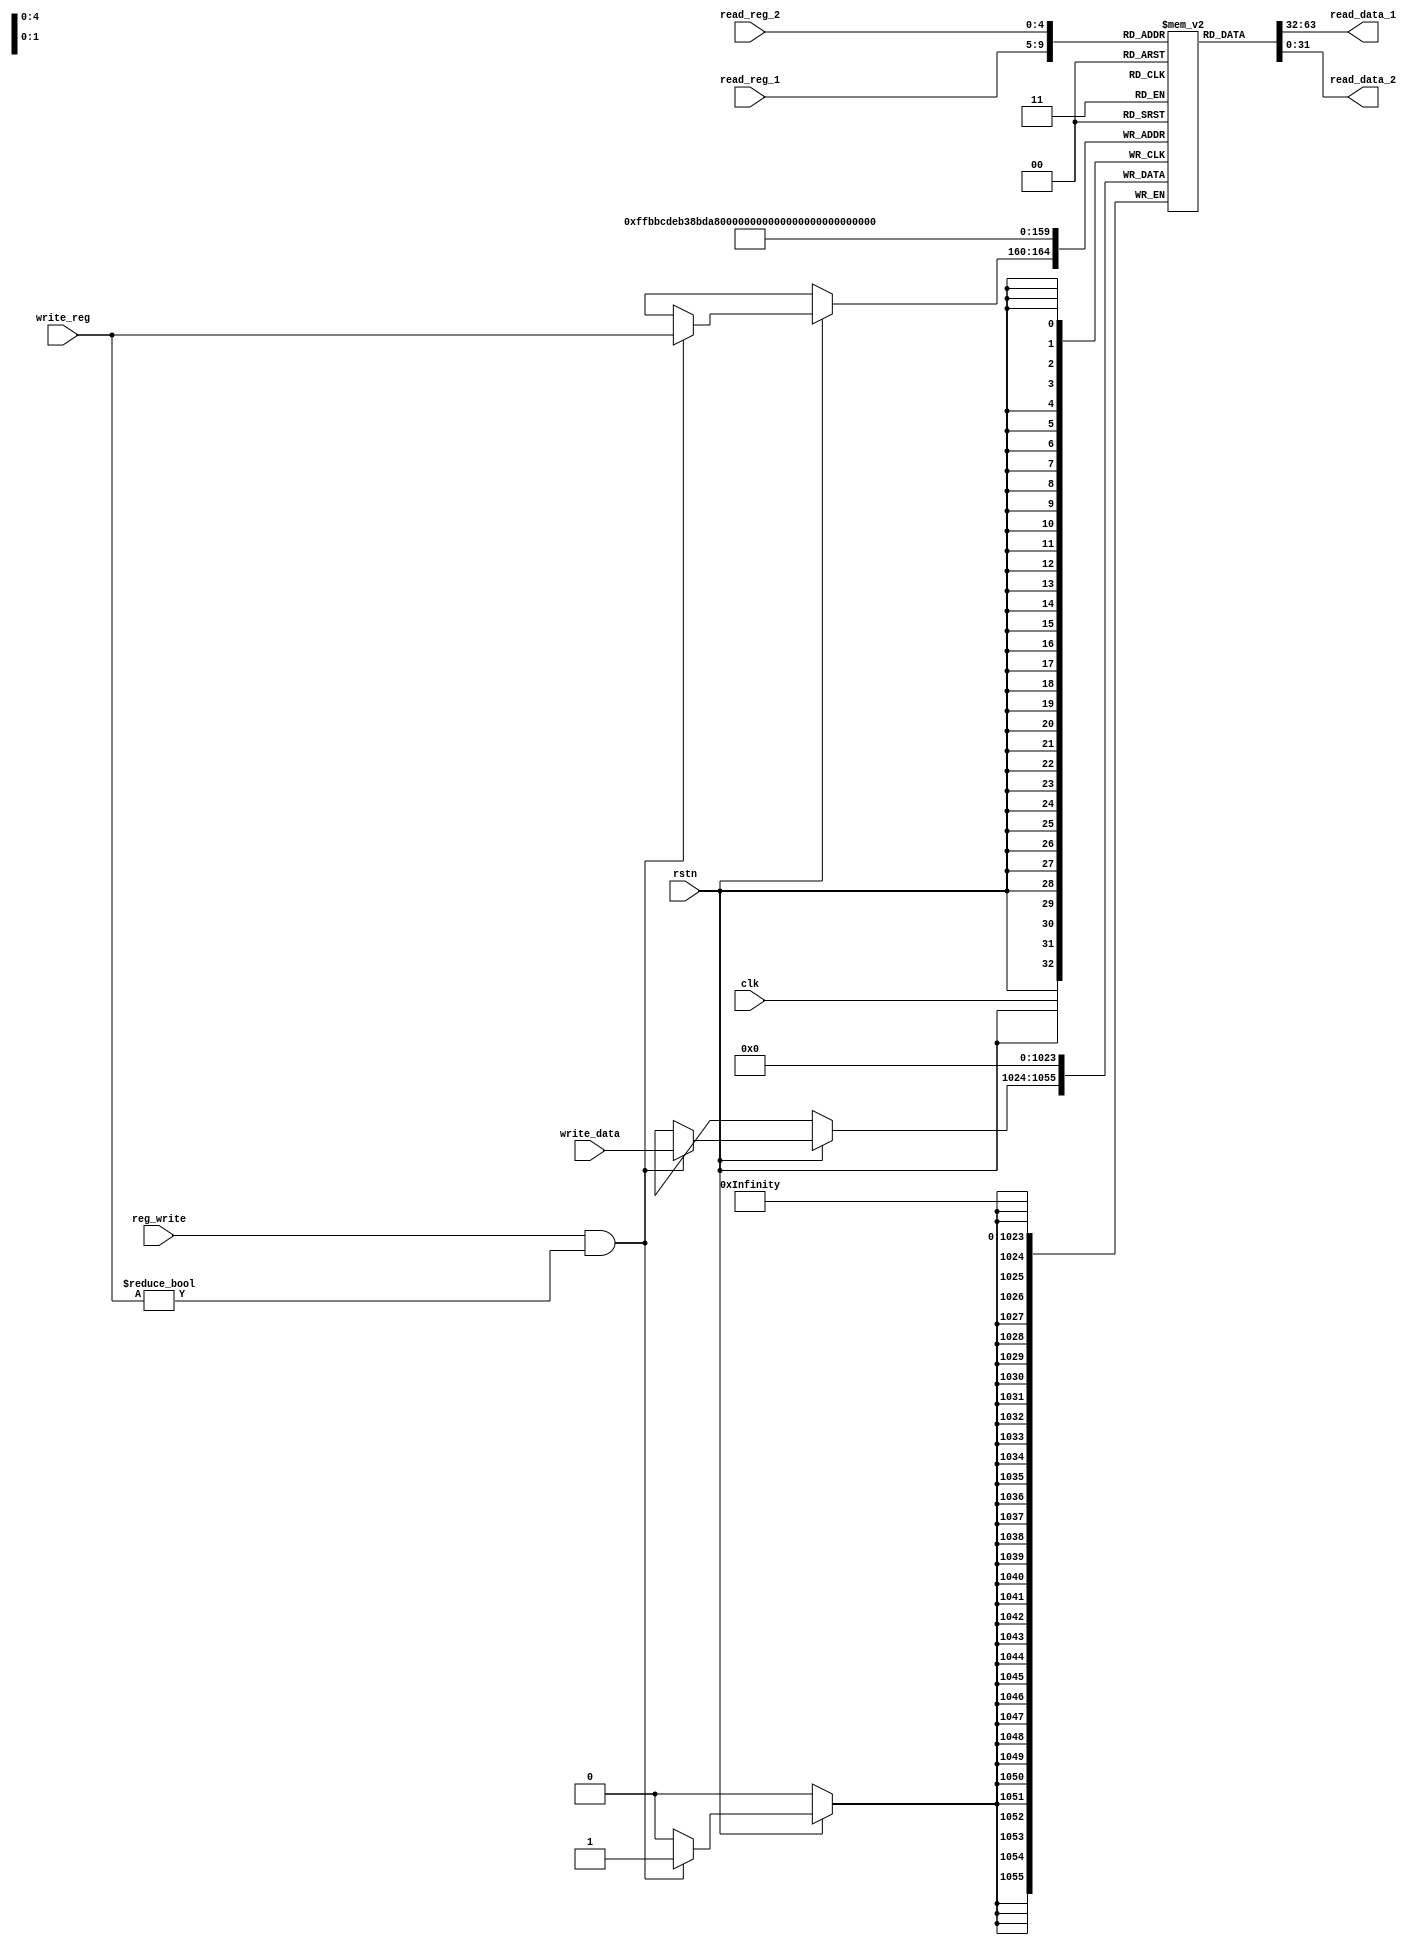
`timescale 1ns / 1ps
// <111613025>

/* checkout FIGURE 4.7 */
module reg_file (
    input         clk,          // clock
    input         rstn,         // negative reset
    input  [ 4:0] read_reg_1,   // Read Register 1 (address)
    input  [ 4:0] read_reg_2,   // Read Register 2 (address)
    input         reg_write,    // RegWrite: write data when posedge clk
    input  [ 4:0] write_reg,    // Write Register (address)
    input  [31:0] write_data,   // Write Data
    output [31:0] read_data_1,  // Read Data 1
    output [31:0] read_data_2   // Read Data 2
);

    /* [step 1] How many bits per register? How many registers does MIPS have? */
    reg [31:0] registers[0:31];  // do not change its name

    /* [step 2] Read Registers */
    /* Remember to check whether register number is zero */
    assign read_data_1 = registers[read_reg_1];
    assign read_data_2 = registers[read_reg_2];

    /** Sequential Logic
     * `posedge clk` means that this block will execute when clk changes from 0 to 1 (positive edge trigger).
     * `negedge rstn` vice versa.
     * https://www.chipverify.com/verilog/verilog-always-block
     */
    /* [step 3] Write Registers */
    always @(posedge clk)
        if (rstn) begin  // make sure to check reset!
            if (reg_write & write_reg != 5'b0) begin
                registers[write_reg] <= write_data;
            end
        end

    /* [step 4] Reset Registers (wordy in Verilog, how about System Verilog?) */
    integer i;
    always @(negedge rstn) begin
        if (~rstn) begin
            for (i=0; i<32; i=i+1) begin
                registers[i] <= 0;
            end
        end
    end

endmodule